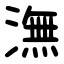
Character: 潕